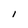
Character: I